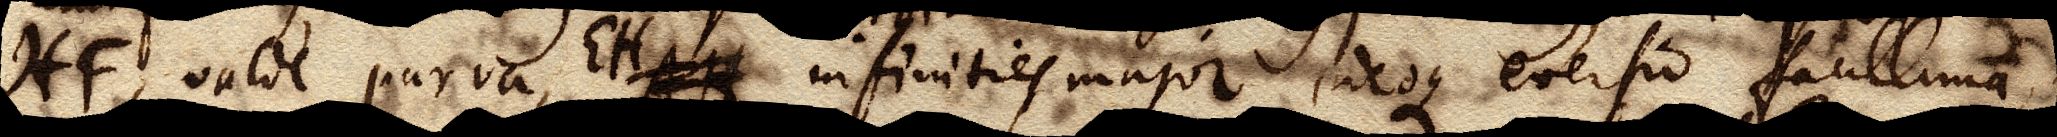
HF valde parva, EH AH infinities major, ideoque eversio facillima, &